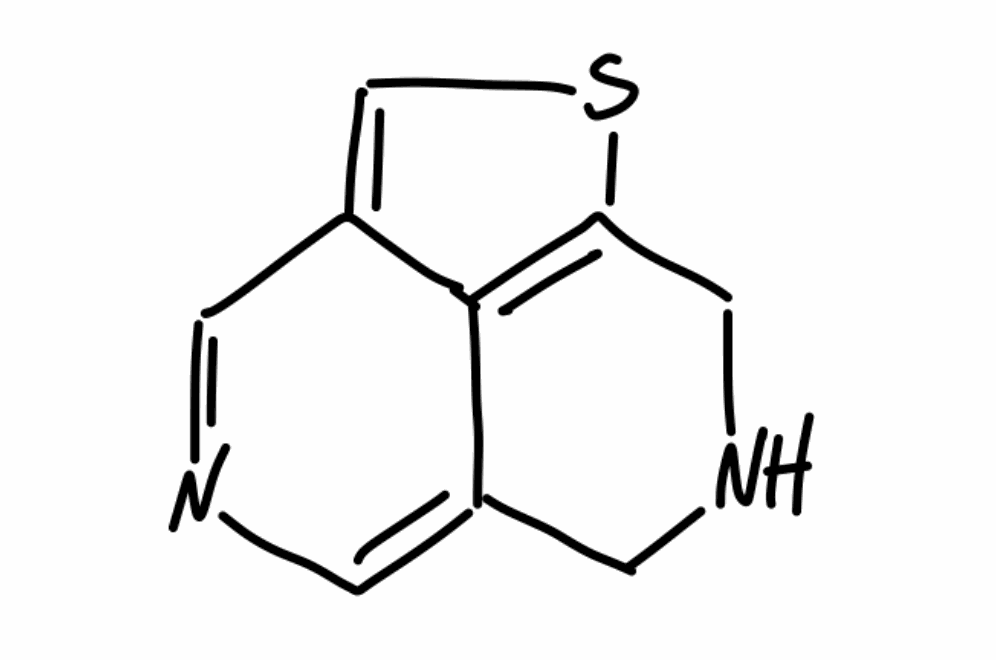
Simplified molecular-input line-entry system (SMILES) notation of the given molecule:
C1C2=CN=CC3=CSC(=C23)CN1